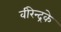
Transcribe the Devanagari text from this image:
वीरेन्द्रके